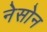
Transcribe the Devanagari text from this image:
नेसोन